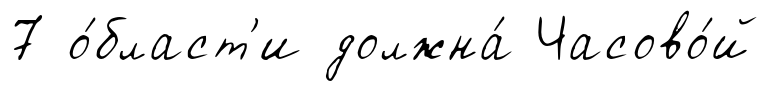
7 о́бласт'и должна́ Часово́й